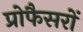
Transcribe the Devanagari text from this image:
प्रोफैसरों